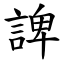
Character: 諀